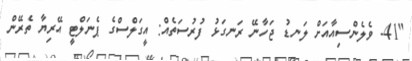
"41- ވެލެންސިއާއަށް ލަނޑު ޖަހާނޭ ރަނގަޅު ފުރުސަތެއް: އީގަލްސްގެ ޕެނަލްޓީ އޭރިޔާ ތެރޭން